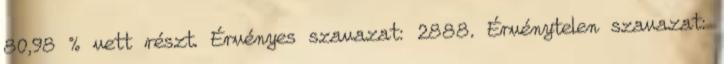
80,98 % vett részt. Érvényes szavazat: 2888. Érvénytelen szavazat: